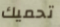
تحميك